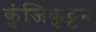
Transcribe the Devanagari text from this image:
कुंजिकुट्टन